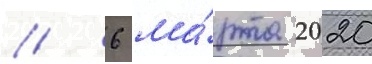
// 6 ма́рта 2020